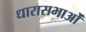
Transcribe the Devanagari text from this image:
धारासभाओं